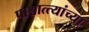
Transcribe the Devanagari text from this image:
पाश्चात्त्यांच्या